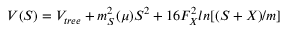
V ( { \cal S } ) = V _ { t r e e } + m _ { \cal S } ^ { 2 } ( \mu ) { \cal S } ^ { 2 } + 1 6 F _ { X } ^ { 2 } l n [ ( { \cal S } + X ) / m ]